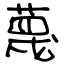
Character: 蔑